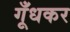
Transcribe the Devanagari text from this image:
गूँधकर